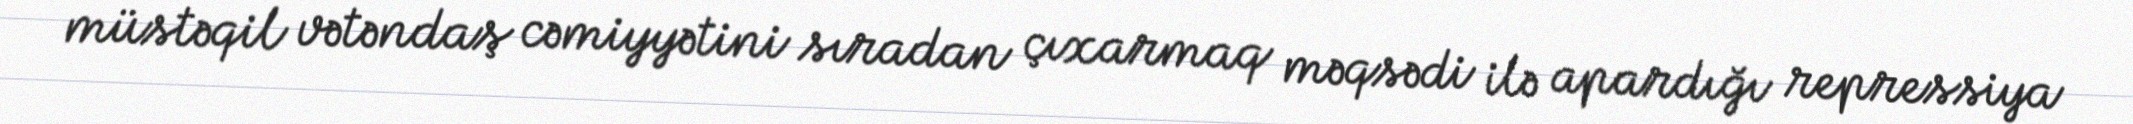
müstəqil vətəndaş cəmiyyətini sıradan çıxarmaq məqsədi ilə apardığı repressiya